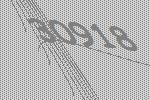
30918